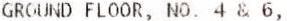
GROUND FLOOR, NO. 4 & 6,